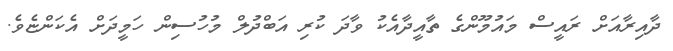
ދާއިރާއަށް ރައީސް މައުމޫންގެ ތާއީދާއެކު ވާދަ ކުރި އަބްދުލް މުހުސިން ހަމީދަށް އެކަންޏެވެ.